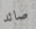
صائد